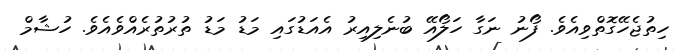
ހިތުޖެހޭގޮތްވިއެވެ. ފޯނު ނަގާ ހަލޯއޭ ބުނެލިއިރު އެއަޑުގައި މަޑު މަޑު ތުރުތުރެއްވެއެވެ. ހުޝާމް